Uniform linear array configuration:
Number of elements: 4
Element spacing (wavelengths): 0.5
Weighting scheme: blackman
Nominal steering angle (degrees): -30
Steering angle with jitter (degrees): -28.556
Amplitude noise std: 0.05
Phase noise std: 0.05

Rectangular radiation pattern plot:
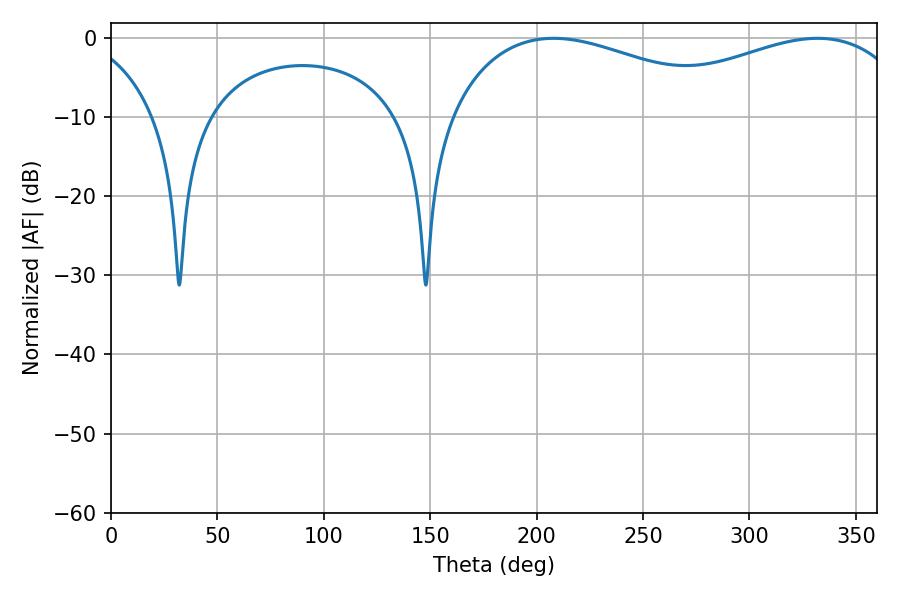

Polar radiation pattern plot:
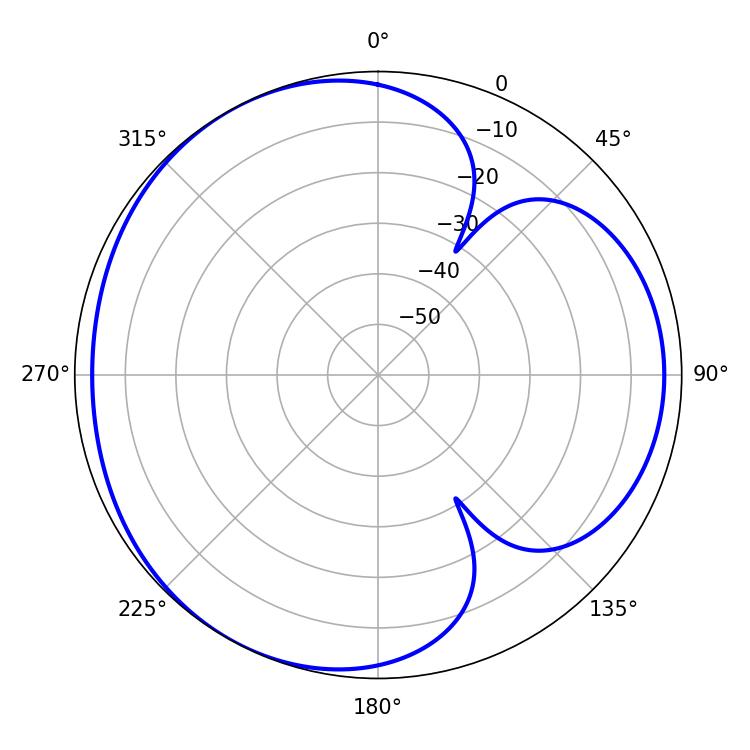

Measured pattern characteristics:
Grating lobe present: FALSE
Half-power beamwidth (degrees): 77.4
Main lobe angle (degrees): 207.9